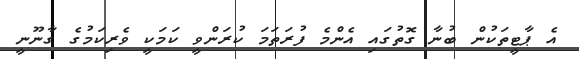
އެ ޕާޓީތަކުން ބުނާ ގޮތުގައި އެންމެ ފުރަތަމަ ކުރަންވީ ކަމަކީ ވެރިކަމުގެ ގާނޫނީ